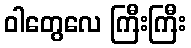
ဝါတွေလေ ကြီးကြီး